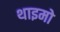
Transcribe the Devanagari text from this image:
थाइमो